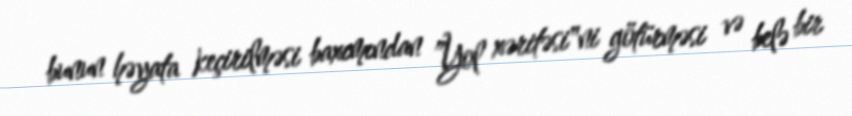
bunun həyata keçirilməsi baxımından ”Yol xəritəsi"ni götürməsi və belə bir